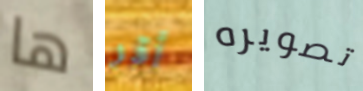
ها أقر تصويره